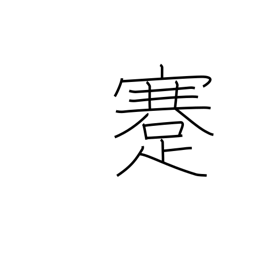
Meaning: cripple